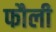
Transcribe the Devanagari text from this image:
फौली